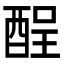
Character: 酲